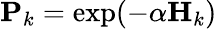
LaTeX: \mathbf{P}_{k}=\exp(-\alpha\mathbf{H}_{k})